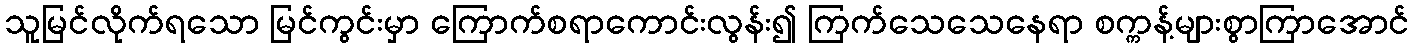
သူမြင်လိုက်ရသော မြင်ကွင်းမှာ ကြောက်စရာကောင်းလွန်း၍ ကြက်သေသေနေရာ စက္ကန့်များစွာကြာအောင်